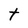
Character: t